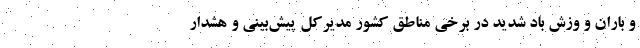
و باران و وزش باد شدید در برخی مناطق کشور مدیرکل پیش‌بینی و هشدار